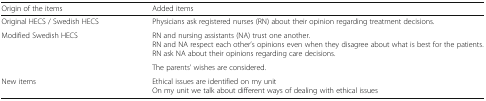
| Origin of the items | Added items |
 | --- | --- |
 | Original HECS / Swedish HECS | Physicians ask registered nurses (RN) about their opinion regarding treatment decisions. |
 | <ROWSPAN=2> Modified Swedish HECS | RN and nursing assistants (NA) trust one another.RN and NA respect each other’s opinions even when they disagree about what is best for the patients.RN ask NA about their opinions regarding care decisions. |
 | The parents’ wishes are considered. |
 | New items | Ethical issues are identified on my unitOn my unit we talk about different ways of dealing with ethical issues |